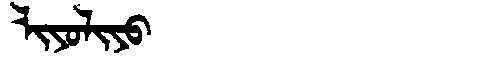
Manchu: ᠯᡳᠶᠣᠯᡳᠶᠣ
Romanization: LIYOLIYO